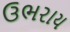
ઉભરાય